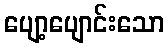
ပျော့ပျောင်းသော